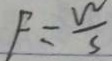
F = \frac { w } { s }